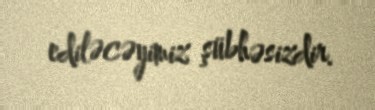
ediləcəyimiz şübhəsizdir.